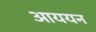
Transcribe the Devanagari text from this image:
आययन